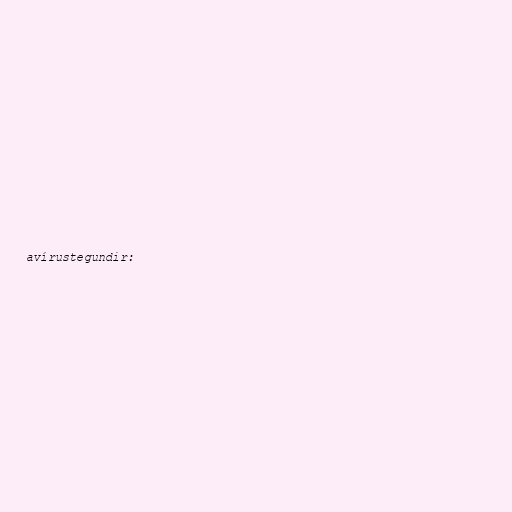
avírustegundir: